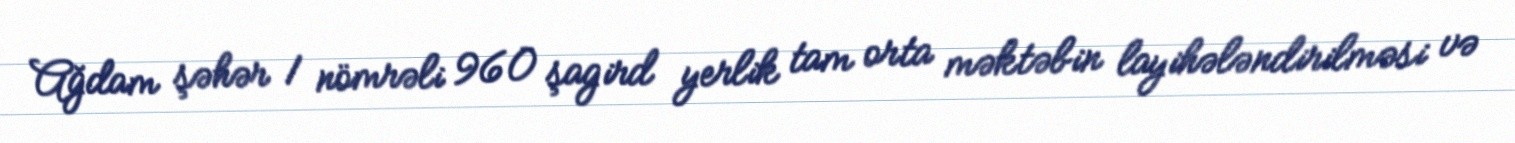
Ağdam şəhər 1 nömrəli 960 şagird yerlik tam orta məktəbin layihələndirilməsi və